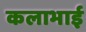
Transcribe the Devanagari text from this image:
कलाभाई